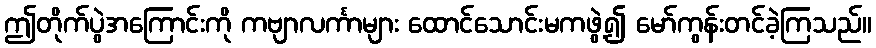
ဤတိုက်ပွဲအကြောင်းကို ကဗျာလင်္ကာများ ထောင်သောင်းမကဖွဲ့၍ မော်ကွန်းတင်ခဲ့ကြသည်။